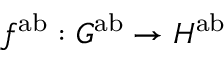
f ^ { \mathrm { a b } } : G ^ { \mathrm { a b } } \to H ^ { \mathrm { a b } }